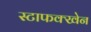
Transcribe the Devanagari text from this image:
स्टाफक्खेन